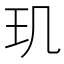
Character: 玑